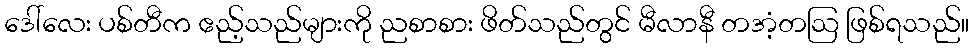
ဒေါ်လေး ပစ်တီက ဧည့်သည်များကို ညစာစား ဖိတ်သည်တွင် မီလာနီ တအံ့တဩ ဖြစ်ရသည်။